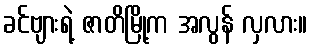
ခင်ဗျားရဲ့ ဇာတိမြို့က အလွန် လှလား။